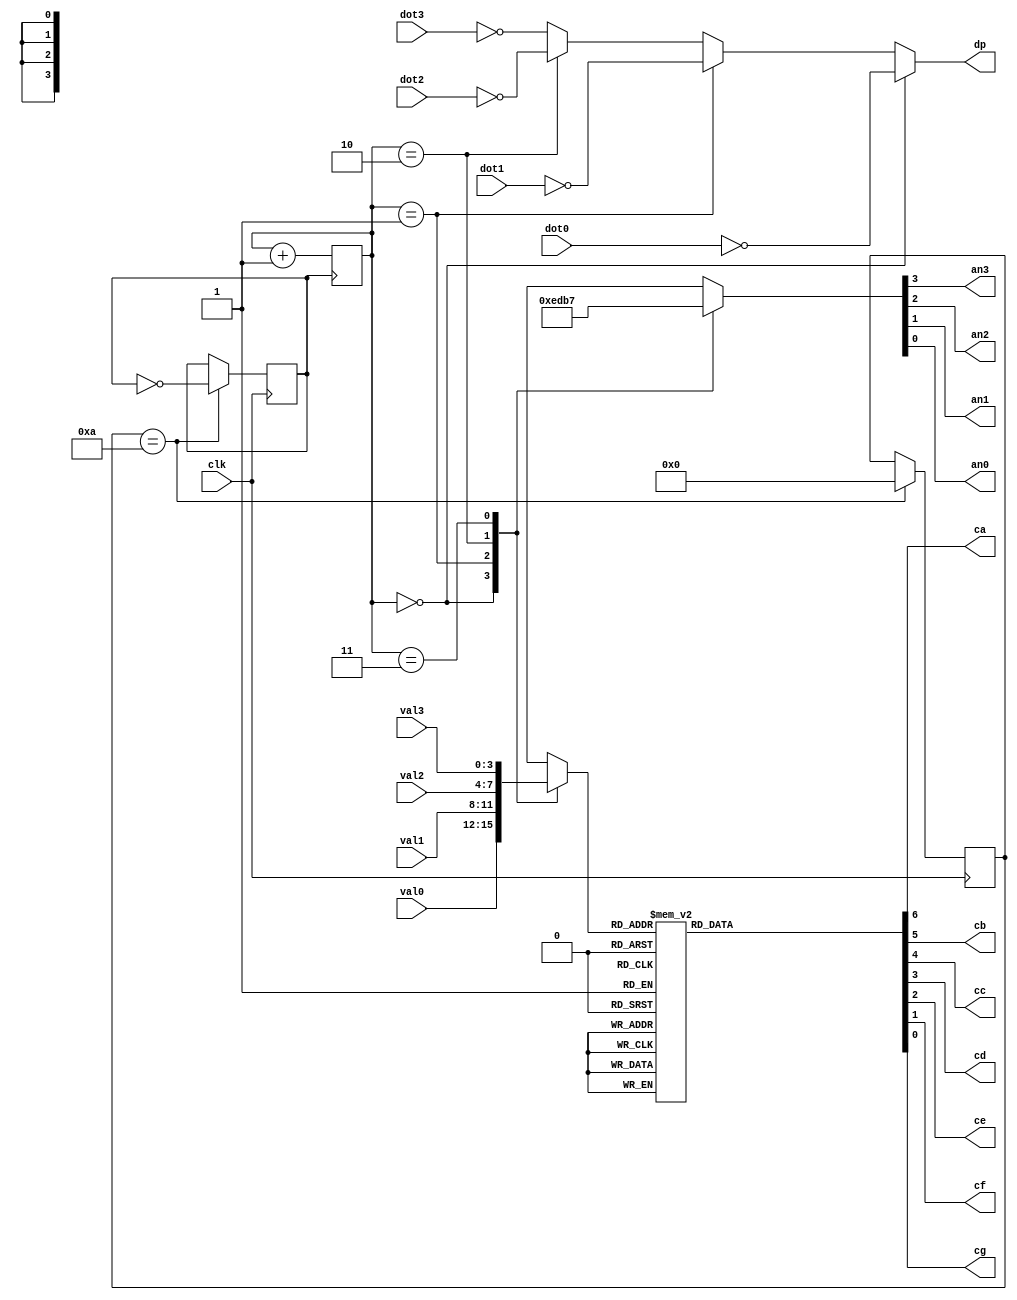

module quad_seven_seg (
    input wire clk,
    input wire [3:0] val3,
    input wire dot3,
    input wire [3:0] val2,
    input wire dot2,
    input wire [3:0] val1,
    input wire dot1,
    input wire [3:0] val0,
    input wire dot0,
    output reg an3,
    output reg an2,
    output reg an1,
    output reg an0,
    output reg ca,
    output reg cb,
    output reg cc,
    output reg cd,
    output reg ce,
    output reg cf,
    output reg cg,
    output reg dp
);

reg [1:0] step = 2'b00;
reg [3:0] val;
reg clk1 = 1'b0;
reg [7:0] counter = 0;

always@(posedge clk)
    begin
        counter <= counter +1;
        
        if(counter == 10) begin
              clk1 <= ~clk1;
              counter = 0;
            end
        end

always@(posedge clk1)
    begin
        step <= step + 1;
        end

always@*
    begin
        case(step)
        0:  {an3,an2,an1,an0} = 4'b1110;
        1:  {an3,an2,an1,an0} = 4'b1101;
        2:  {an3,an2,an1,an0} = 4'b1011;
        3:  {an3,an2,an1,an0} = 4'b0111;
        endcase
    end

always@*
    begin
        case(step)
        0: val = val0;
        1: val = val1;
        2: val = val2;
        3: val = val3;
        endcase
    end

always@*
    begin
        case(val)
        0: {ca,cb,cc,cd,ce,cf,cg} = ~(7'b1111110);
        1: {ca,cb,cc,cd,ce,cf,cg} = ~(7'b0110000);
        2: {ca,cb,cc,cd,ce,cf,cg} = ~(7'b1101101);
        3: {ca,cb,cc,cd,ce,cf,cg} = ~(7'b1111001);
        4: {ca,cb,cc,cd,ce,cf,cg} = ~(7'b0110011);
        5: {ca,cb,cc,cd,ce,cf,cg} = ~(7'b1011011);
        6: {ca,cb,cc,cd,ce,cf,cg} = ~(7'b1011111);
        7: {ca,cb,cc,cd,ce,cf,cg} = ~(7'b1110000);
        8: {ca,cb,cc,cd,ce,cf,cg} = ~(7'b1111111);
        9: {ca,cb,cc,cd,ce,cf,cg} = ~(7'b1111011);
        10: {ca,cb,cc,cd,ce,cf,cg} = ~(7'b1110111);
        11: {ca,cb,cc,cd,ce,cf,cg} = ~(7'b1111111);
        12: {ca,cb,cc,cd,ce,cf,cg} = ~(7'b1001110);
        13: {ca,cb,cc,cd,ce,cf,cg} = ~(7'b1111110);
        14: {ca,cb,cc,cd,ce,cf,cg} = ~(7'b1001111);
        15: {ca,cb,cc,cd,ce,cf,cg} = ~(7'b1000111);
        endcase
     end

always@*
    begin
        if(step == 2'b00) dp = ~dot0;
        else if (step == 2'b01) dp = ~dot1;
        else if (step == 2'b10) dp = ~dot2;
        else dp = ~dot3;
    end

endmodule